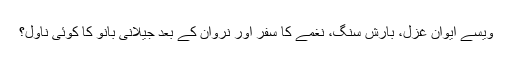
ویسے ایوانِ غزل، بارشِ سنگ، نغمے کا سفر اور نروان کے بعد جیلانی بانو کا کوئی ناول؟